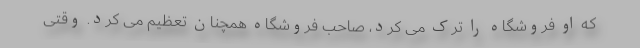
که او فروشگاه را ترک می کرد، صاحب فروشگاه همچنان تعظیم می کرد. وقتی